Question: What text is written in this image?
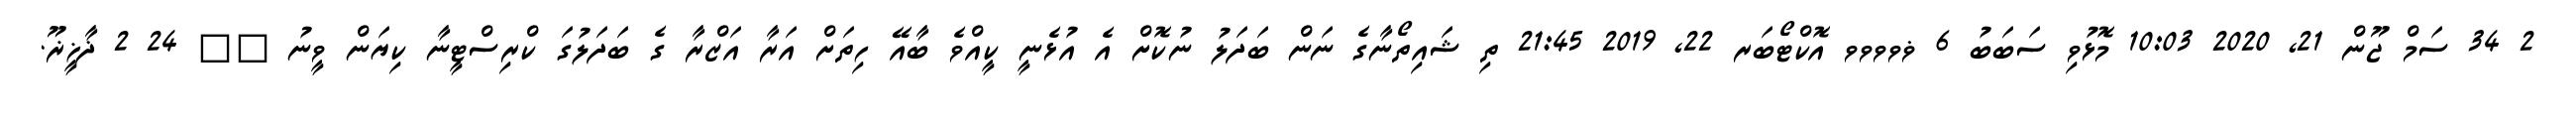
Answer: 2 34 ސަމް ޖޫން 21, 2020 10:03 މޮޅުވި ސަބަބު 6 ޥވވވވ އޮކްޓޯބަރ 22, 2019 21:45 ތި ޝައިތޯނާގެ ނަން ބަދަލު ނުކޮށް އެ އުޅެނީ ކީއްވެ ބާއޭ ހިތަށް އަރާ އަޒްރާ ގެ ބަދަލުގަ ކްރިސްޓީނާ ކިޔަން ވީނު ?? 24 2 ޛާޚީޜޫ.